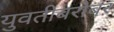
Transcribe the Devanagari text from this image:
युवतीबरोबर